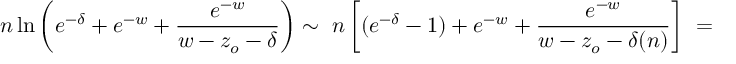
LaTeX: n \ln \left( e ^ { - \delta } + e ^ { - w } + \frac { e ^ { - w } } { w - z _ { o } - \delta } \right) \sim \ n \left[ ( e ^ { - \delta } - 1 ) + e ^ { - w } + \frac { e ^ { - w } } { w - z _ { o } - \delta ( n ) } \right] \ =